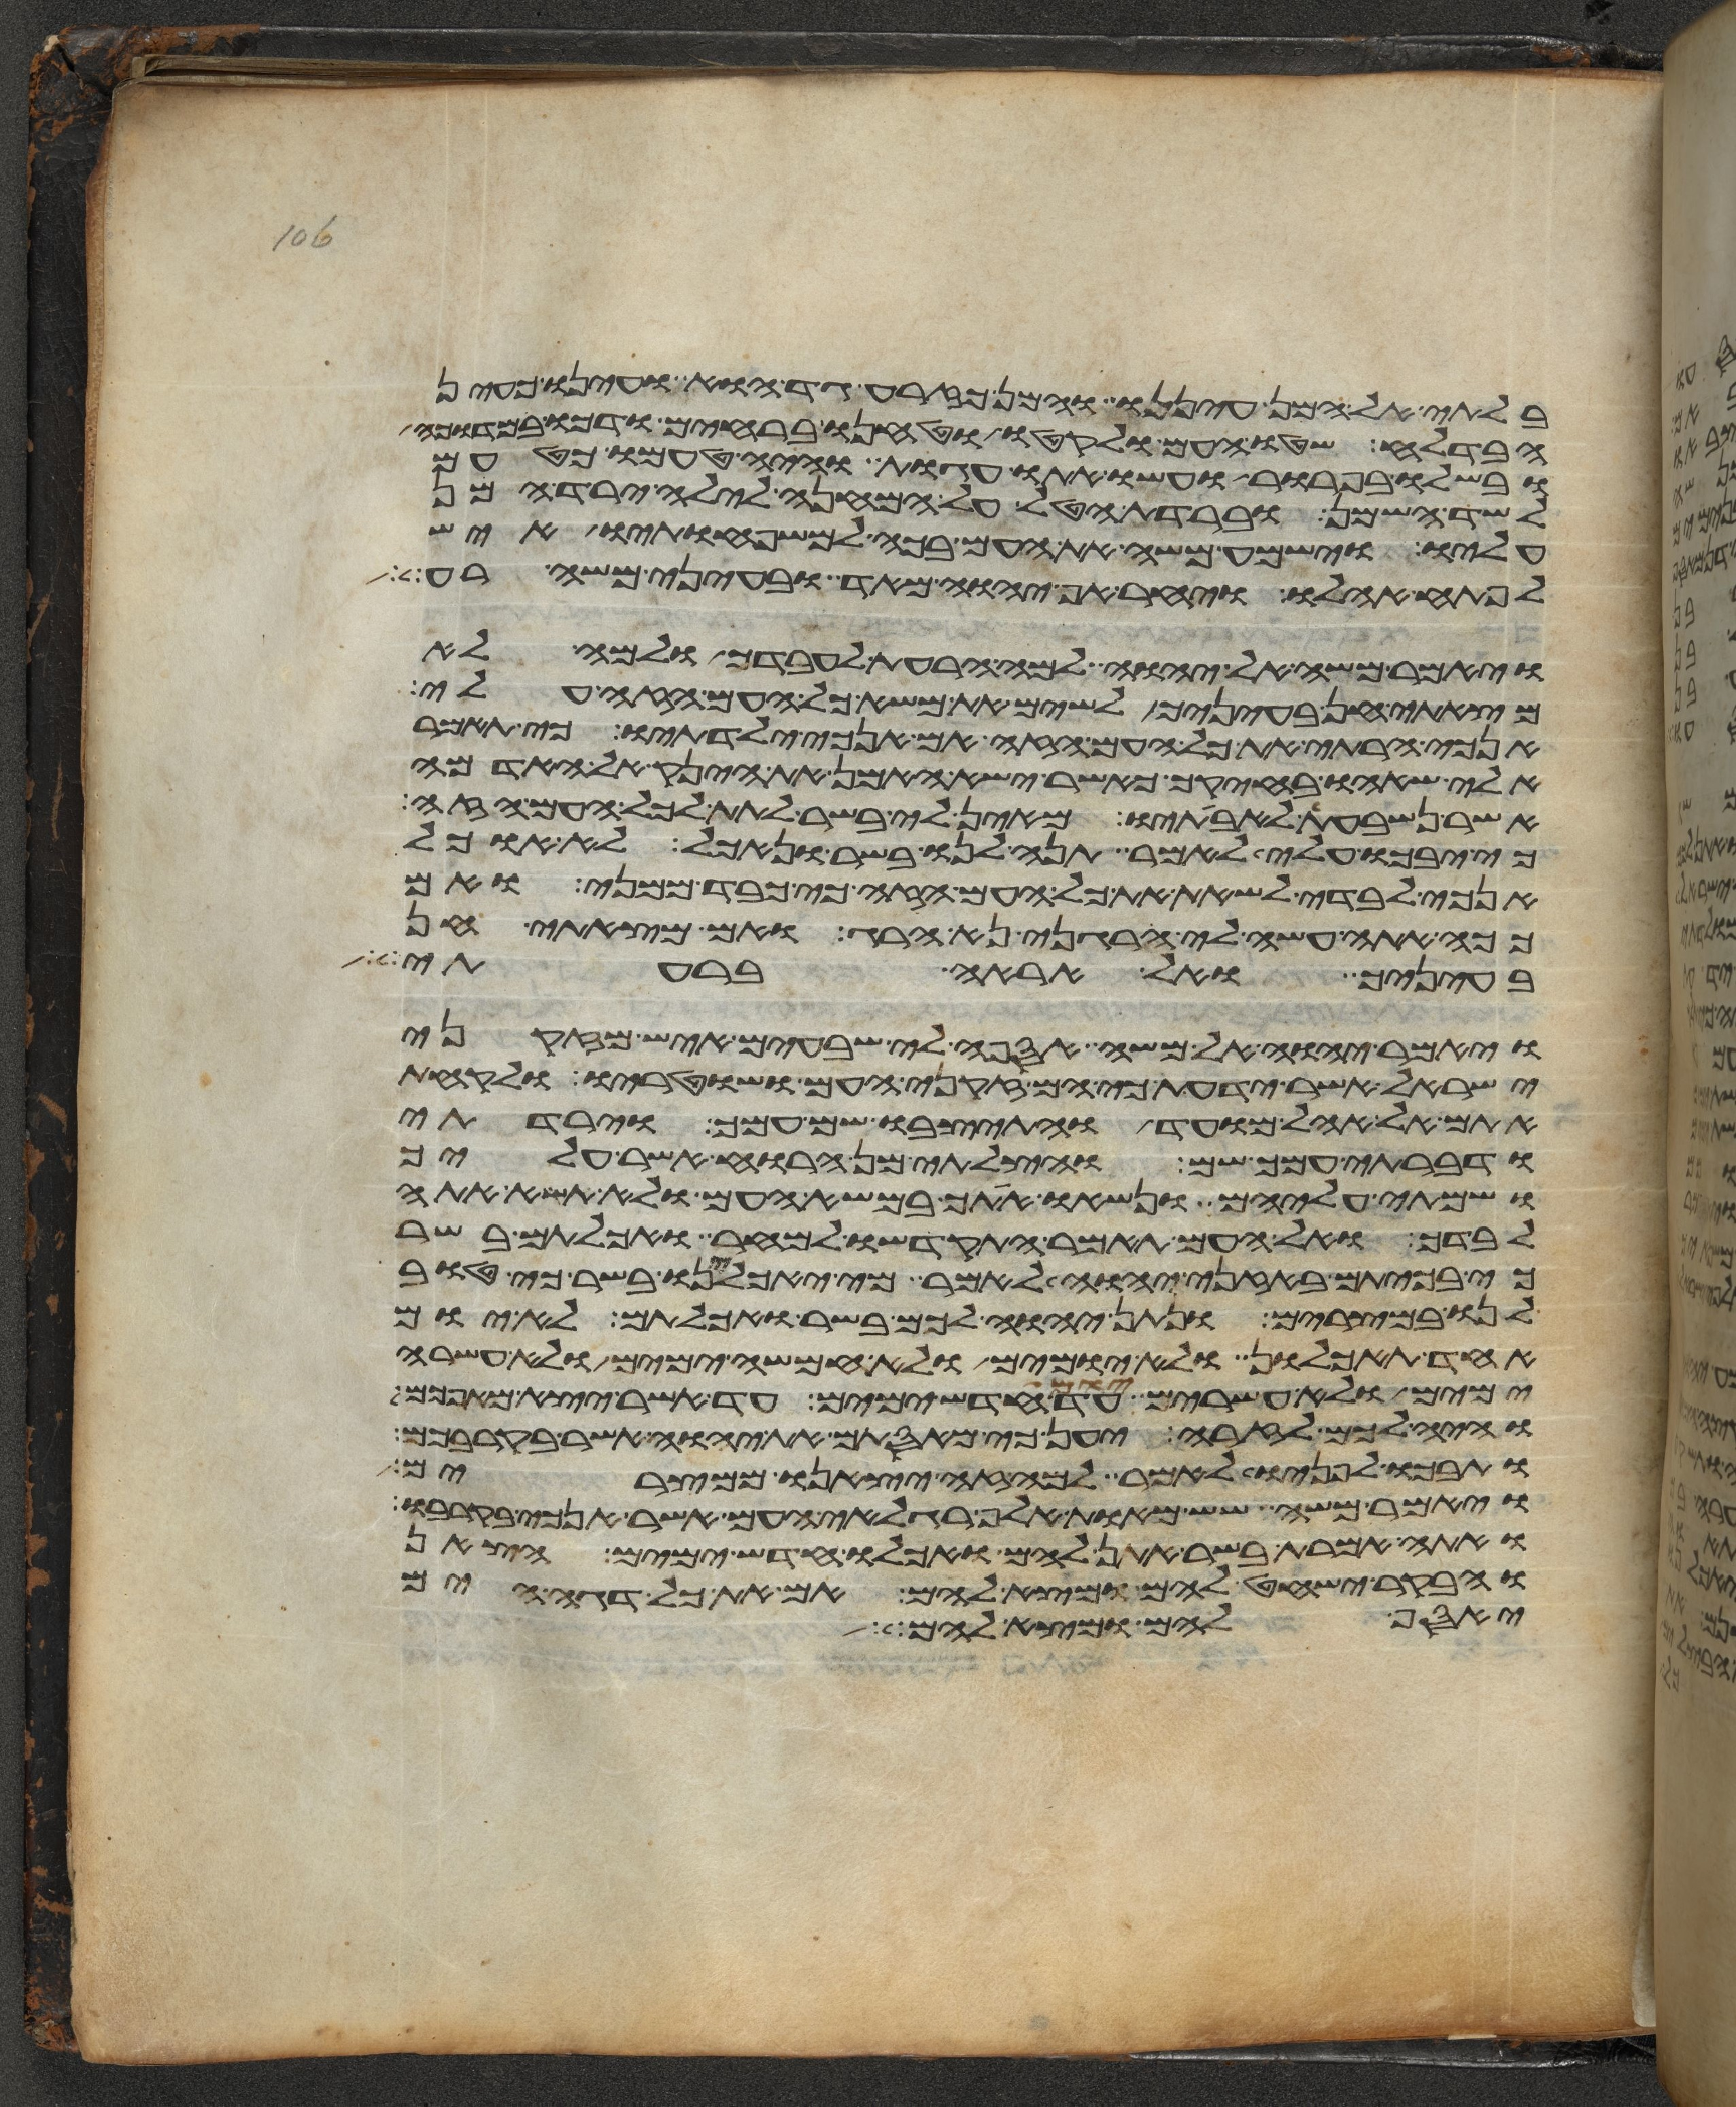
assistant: בלתי אל המן עיננו והמן כזרע גד הוא ועינו כעין
הבדלח שטו העם ולקטו וטחנו ברחים ודכו במדוכה
ובשלו בפרור ועשו אתו עגות והיה טעמו כטעם
לשד השמן וברדת הטל על המחנה לילה ירד המן
עליו וישמע משה את העם בכה למשפחתיו איש
לפתח אהלו ויחר אף יהוה מאד ובעיני משה רע
ויאמר משה אל יהוה למה הרעת לעבדך ולמה לא
מצאתי חן בעיניך לשים את משא כל העם הזה עלי
האנכי הרתי את כל העם הזה אם אנכי ילדתיו כי תאמר
אלי שאהו בחיקך כאשר ישא האמן את הינק אל האדמה
אשר נשבעת לאבתיו מאין לי בשר לתת לכל העם הזה
כי יבכו עלי לאמר תנה לנו בשר ונאכל לא אוכל
אנכי לבדי לשאת את כל העם הזה כי כבד ממני ואם
ככה אתה עשה לי הרגני נא הרג ואם מצאתי חן
בעיניך ואל אראה ברעתי
ויאמר יהוה אל משה אספה לי שבעים איש מזקני
ישראל אשר ידעת כי הם זקני העם ושוטריו ולקחת
אתם אל אהל מועד והתיצבו שם עמך וירדתי
ודברתי עמך שם והצלתי מן הרוח אשר עליך
ושמתי עליהם ונשאו אתך במשא העם ולא תשא אתה
לבדך ואל העם תאמר התקדשו למחר ואכלתם בשר
כי בכיתם באזני יהוה לאמר מי יאכילנו בשר כי טוב
לנו במצרים ונתן יהוה לכם בשר ואכלתם לא יום
אחד תאכלון ולא יומים ולא חמשה ימים ולא עשרה
ימים ולא עשרים יום עד חדש ימים עד אשר יצא מאפכם
והיה לכם לזרה יען כי מאסתם את יהוה אשר בקרבכם
ותבכו לפניו לאמר למה זה יצאנו ממצרים
ויאמר משה שש מאות אלף רגלאי העם אשר אנכי בקרבו
ואתה אמרת בשר אתן להם ואכלו חדש ימים הצאן
והבקר ישחט להם ומצא להם אם את כל דגי הים
יאסף להם ומצא להם